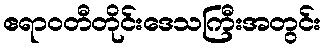
ဧရာဝတီတိုင်းဒေသကြီးအတွင်း